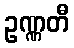
ဥဏ္ဏတီ